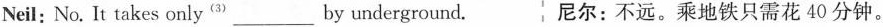
Neil: No. It takes only^{(3)} ___ by underground. 尼尔：不远。乘地铁只需花 40 分钟。